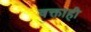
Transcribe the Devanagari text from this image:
वक्ताही